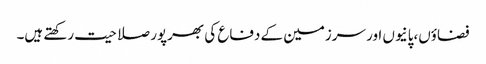
فضاؤں،پانیوں اور سرزمین کے دفاع کی بھرپور صلاحیت رکھتے ہیں۔